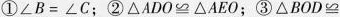
①$$∠B = ∠C$$；②$$△ A D O ≌ △ A E O$$；③$$△ B O D≌$$